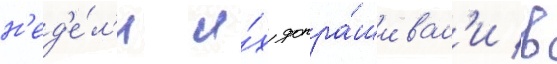
н'ед'е́л'и и́х допра́шивал'и в